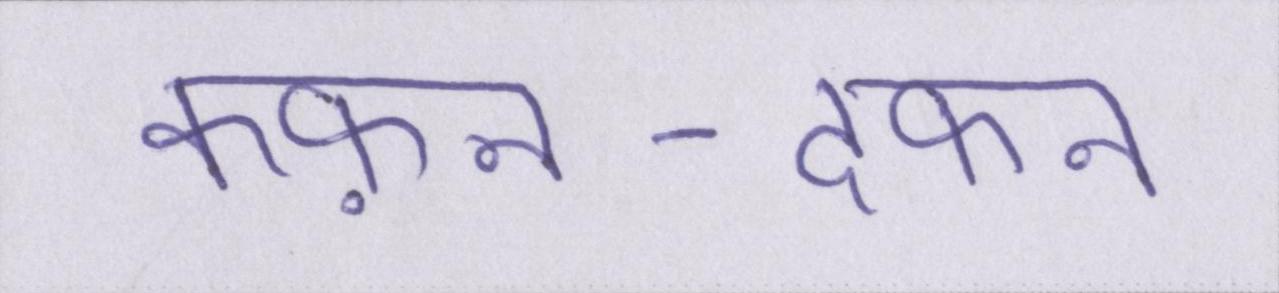
कफ़न-दफन